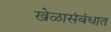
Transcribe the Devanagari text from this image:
खेळासंबंधात